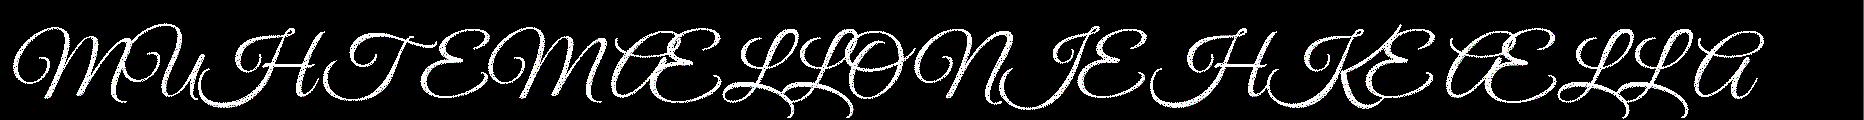
MUHTEM ÆLLONIEHKE ÆLLA